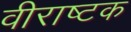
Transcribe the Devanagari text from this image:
वीराष्टक